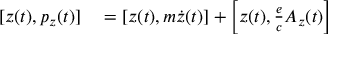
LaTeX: \begin{array} { r l } { [ z ( t ) , p _ { z } ( t ) ] } & { { } = \left[ z ( t ) , m { \dot { z } } ( t ) \right] + \left[ z ( t ) , { \frac { e } { c } } A _ { z } ( t ) \right] } \end{array}